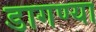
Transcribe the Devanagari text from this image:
डागण्या